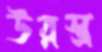
উরস্ত্র